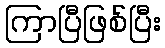
ကြာပြီဖြစ်ပြီး